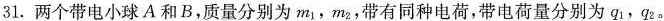
31.两个带电小球A和B，质量分别为m_{1}，m_{2}，带有同种电荷，带电荷量分别为q_{1}，q_{2}。